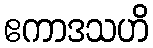
ဧကာဒသဟိ